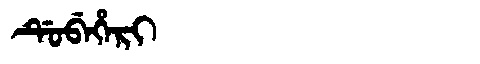
Manchu: ᡩᡠᠪᡝᡥᡝᡵᡳ
Romanization: DUBEHERI